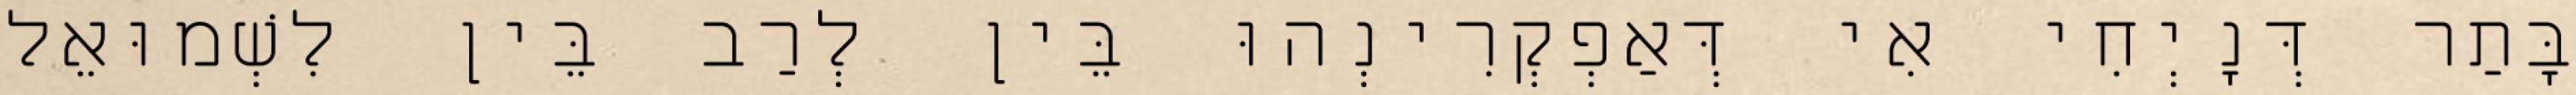
בָּתַר דְּנָיְחִי אִי דְּאַפְקְרִינְהוּ בֵּין לְרַב בֵּין לִשְׁמוּאֵל